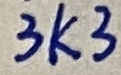
Text: 3K3